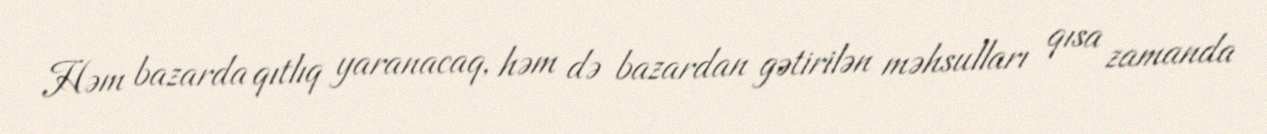
Həm bazarda qıtlıq yaranacaq, həm də bazardan gətirilən məhsulları qısa zamanda